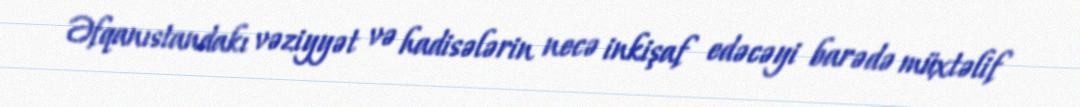
Əfqanıstandakı vəziyyət və hadisələrin necə inkişaf edəcəyi barədə müxtəlif